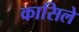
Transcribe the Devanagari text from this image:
कासिले